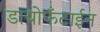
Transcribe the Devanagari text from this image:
डायोफँटाईन